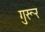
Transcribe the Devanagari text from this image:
गुरूर